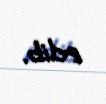
edib.